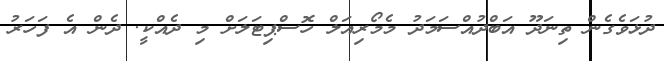
ދުޅަވެގެން ތިނަދޫ އަބްދުއްސަމަދު މެމޯރިއަލް ހޮސްޕިޓަލަށް މި ދެއްކީ. ދެން އެ ފަހަރު